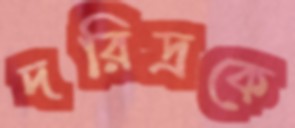
দরিদ্রকে